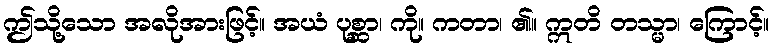
ဤသို့သော အလိုအားဖြင့်။ အယံ ပုစ္ဆာ၊ ကို။ ကတာ၊ ၏။ ဣတိ တသ္မာ၊ ကြောင့်။